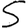
Digit: 5